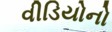
વીડિયોનો